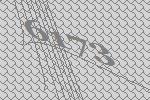
6173